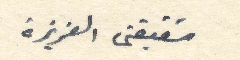
شقيقتي العزيزة